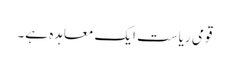
قومی ریاست ایک معاہدہ ہے۔